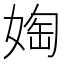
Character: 𫱀